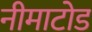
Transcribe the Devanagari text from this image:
नीमाटोड